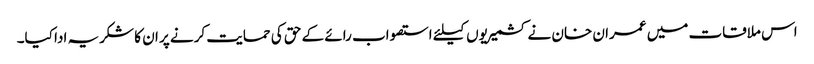
اس ملاقات میں عمران خان نے کشمیریوں کیلئے استصواب رائے کے حق کی حمایت کرنے پر ان کا شکریہ ادا کیا۔